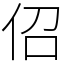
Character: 佋